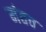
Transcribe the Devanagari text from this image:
मंतव